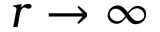
r \to \infty